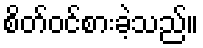
စိတ်ဝင်စားခဲ့သည်။